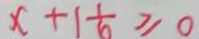
x + 1 \frac { 1 } { 6 } \geq 0